Vaccination Hyderabad 1890-1903 - 1890-1903
Year: 1890
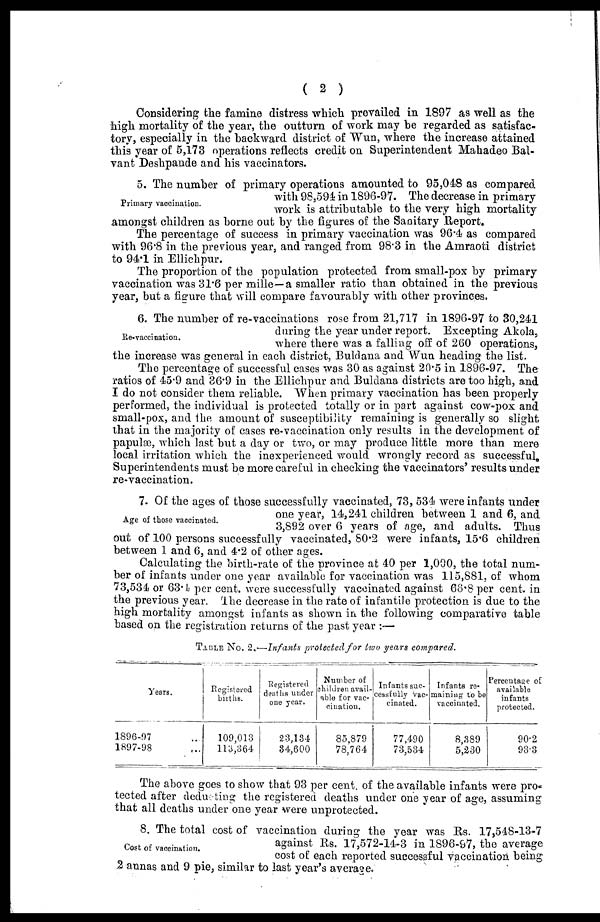
( 2 )
Considering the famine distress which prevailed in 1897 as well as the
high mortality of the year, the outturn of work may be regarded as satisfac-
tory, especially in the backward district of Wun, where the increase attained
this year of 5,173 operations reflects credit on Superintendent Mahadeo Bal¬
vant Deshpande and his vaccinators.
Primary vaccination.
5. The number of primary operations amounted to 95,048 as compared
with 98,594 in 1896-97. The decrease in primary
work is attributable to the very high mortality
amongst children as borne out by the figures of the Sanitary Report.
The percentage of success in primary vaccination was 96.4 as compared
with 96.8 in the previous year, and ranged from 98.3 in the Amraoti district
to 94.1 in Ellichpur.
The proportion of the population protected from small-pox by primary
vaccination was 31.6 per mille—a smaller ratio than obtained in the previous
year, but a figure that will compare favourably with other provinces.
Re-vaccination.
6. The number of re-vaccinations rose from 21,717 in 1896-97 to 30,241
during the year under report. Excepting Akola,
where there was a falling off of 260 operations,
the increase was general in each district, Buldana and Wun heading the list.
The percentage of successful cases was 30 as against 20.5 in 1896-97. The
ratios of 45.9 and 36.9 in the Ellichpur and Buldana districts are too high, and
I do not consider them reliable. When primary vaccination has been properly
performed, the individual is protected totally or in part against cow-pox and
small-pox, and the amount of susceptibility remaining is generally so slight
that in the majority of cases re-vaccination only results in the development of
papulæ, which last but a day or two, or may produce little more than mere
local irritation which the inexperienced would wrongly record as successful.
Superintendents must be more careful in checking the vaccinators' results under
re-vaccination.
Age of those vaccinated.
7. Of the ages of those successfully vaccinated, 73, 534 were infants under
one year, 14,241 children between 1 and 6, and
3,892 over 6 years of age, and adults. Thus
out of 100 persons successfully vaccinated, 80.2 were infants, 15.6 children
between 1 and 6, and 4.2 of other ages.
Calculating the birth-rate of the province at 40 per 1,000, the total num-
ber of infants under one year available for vaccination was 115,881, of whom
73,534 or 63.4 per cent. were successfully vaccinated against 66.8 per cent. in
the previous year. The decrease in the rate of infantile protection is due to the
high mortality amongst infants as shown in the following comparative table
based on the registration returns of the past year :—
TABLE No. 2.—Infants protected for two years compared.
Years.
1896-97 ...
1897-98 ...
Registered
births.
109,013
113,364
Registered
deaths under
one year.
23,134
34,600
Number of
children avail-
able for vac-
cination.
85,879
78,764
Infants suc-
cessfully vac-
cinated.
77,490
73,534
Infanta re-
maining to be
vaccinated.
8,389
5,230
Percentage of
available
infants
protected.
90.2
93.3
The above goes to show that 93 per cent. of the available infants were pro-
tected after deducting the registered deaths under one year of age, assuming
that all deaths under one year were unprotected.
Cost of vaccination.
8. The total cost of vaccination during the year was Rs. 17,548-13-7
against Rs. 17,572-14-3 in 1896-97, the average
cost of each reported successful vaccination being
2 annas and 9 pie, similar to last year's average.